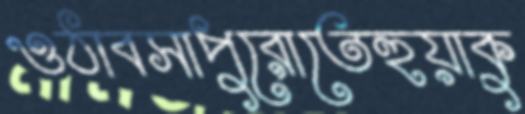
ওঠাবসাপুরোতেহুয়াকু